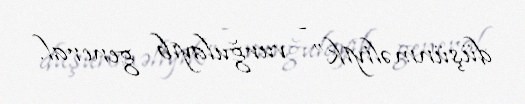
düşünməliyik” - vurğulayıb general.